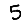
Digit: 5